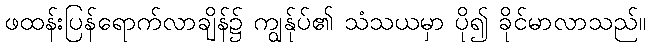
ဖထန်းပြန်ရောက်လာချိန်၌ ကျွန်ုပ်၏ သံသယမှာ ပို၍ ခိုင်မာလာသည်။